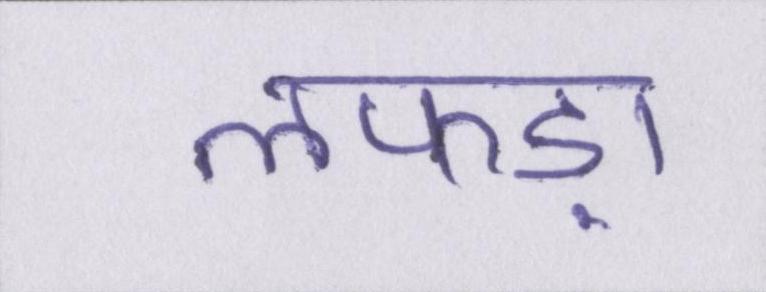
लफड़ा